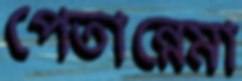
পেতান্নেমা